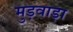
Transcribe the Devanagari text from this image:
मुड़वाड़ा